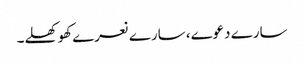
سارے دعوے، سارے نعرے کھوکھلے۔